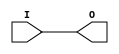
///////////////////////////////////////////////////////////////////////////////
// Copyright (c) 1995/2004 Xilinx, Inc.
// All Right Reserved.
///////////////////////////////////////////////////////////////////////////////
//   ____  ____
//  /   /\/   /
// /___/  \  /    Vendor : Xilinx
// \   \   \/     Version : 10.1
//  \   \         Description : Xilinx Functional Simulation Library Component
//  /   /                  H Clock Buffer
// /___/   /\     Filename : BUFH.v
// \   \  /  \    Timestamp :
//  \___\/\___\
//
// Revision:
//    04/08/08 - Initial version.
//    09//9/08 - Change to use BUFHCE according to yaml.
//    11/11/08 - Change to not use BUFHCE.
//    12/13/11 - Added `celldefine and `endcelldefine (CR 524859).
// End Revision

`timescale  1 ps / 1 ps


`celldefine

module BUFH (O, I);


`ifdef XIL_TIMING

    parameter LOC = " UNPLACED";
    reg notifier;

`endif


    output O;
    input  I;

    buf B1 (O, I);

`ifdef XIL_TIMING
    
    specify
        (I => O) = (0:0:0, 0:0:0);
	$period (posedge I, 0:0:0, notifier);
        specparam PATHPULSE$ = 0;
    endspecify
    
`endif
    
endmodule

`endcelldefine